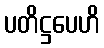
ပတိဋ္ဌပေဟိ